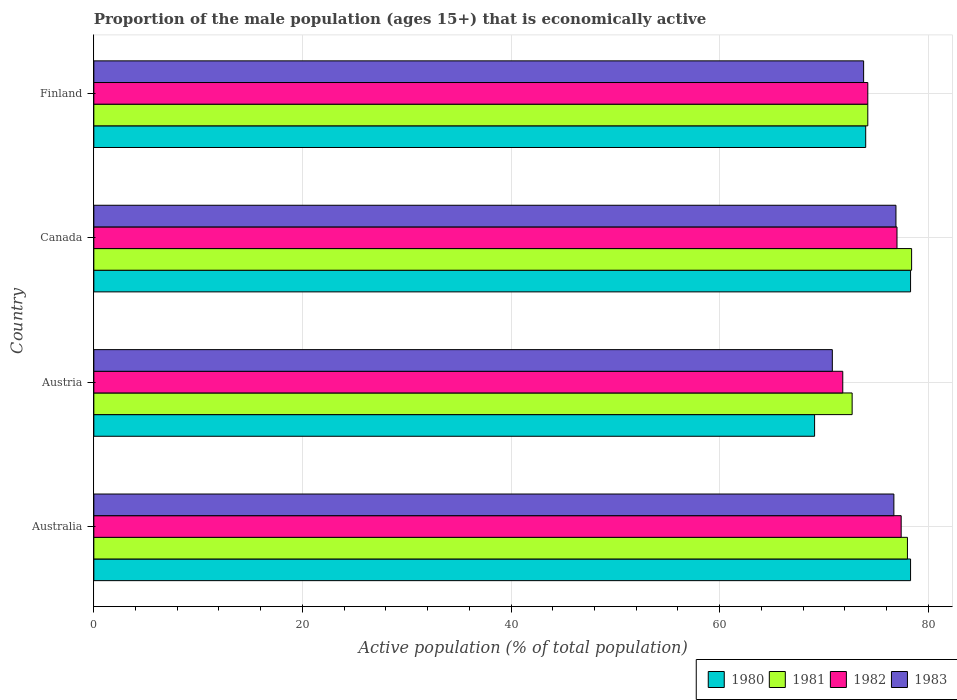
| Country | 1980 | 1981 | 1982 | 1983 |
 | --- | --- | --- | --- | --- |
 | Australia | 78.3 | 78 | 77.4 | 76.7 |
 | Austria | 69.1 | 72.7 | 71.8 | 70.8 |
 | Canada | 78.3 | 78.4 | 77 | 76.9 |
 | Finland | 74 | 74.2 | 74.2 | 73.8 |